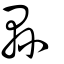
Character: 縣